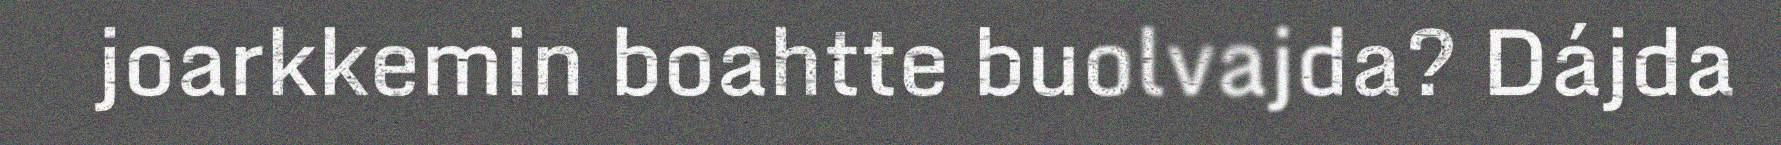
joarkkemin boahtte buolvajda? Dájda